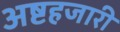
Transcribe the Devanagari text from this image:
अष्टहजारी